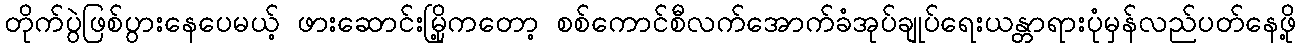
တိုက်ပွဲဖြစ်ပွားနေပေမယ့် ဖားဆောင်းမြို့ကတော့ စစ်ကောင်စီလက်အောက်ခံအုပ်ချုပ်ရေးယန္တာရားပုံမှန်လည်ပတ်နေဖို့